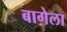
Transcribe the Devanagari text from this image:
बागेला